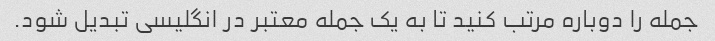
جمله را دوباره مرتب کنید تا به یک جمله معتبر در انگلیسی تبدیل شود.